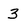
Character: 3